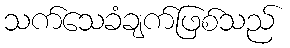
သက်သေခံချက်ဖြစ်သည်